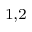
^ { 1 , 2 }